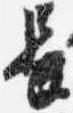
長